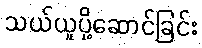
သယ်ယူပို့ဆောင်ခြင်း